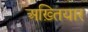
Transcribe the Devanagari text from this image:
अख़्तियार